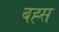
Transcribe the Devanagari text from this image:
बह्स